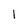
Character: l